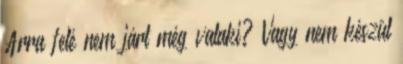
Arra felé nem járt még valaki? Vagy nem készül